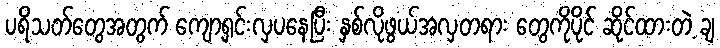
ပရိသတ်တွေအတွက် ကျော့ရှင်းလှပနေပြီး နှစ်လိုဖွယ်အလှတရား တွေကိုပိုင် ဆိုင်ထားတဲ့ ချ